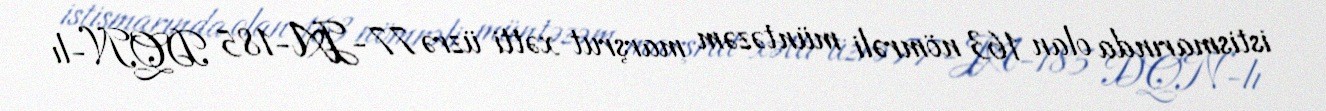
istismarında olan 163 nömrəli müntəzəm marşrut xətti üzrə 77-JA-185 DQN-lı